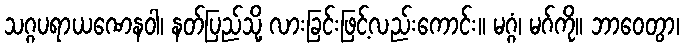
သဂ္ဂပရာယဏေနဝါ၊ နတ်ပြည်သို့ လားခြင်းဖြင့်လည်းကောင်း။ မဂ္ဂံ၊ မဂ်ကို။ ဘာဝေတွာ၊